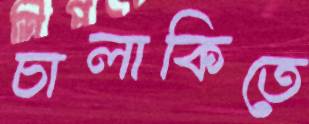
চালাকিতে